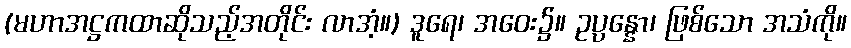
(မဟာအဋ္ဌကထာဆိုသည့်အတိုင်း လာအံ့။) ဒူရေ၊ အဝေး၌။ ဥပ္ပန္နော၊ ဖြစ်သော အသံကို။